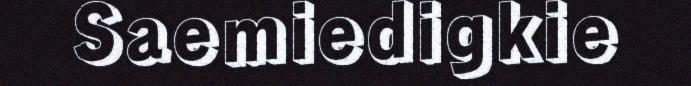
Saemiedigkie